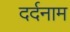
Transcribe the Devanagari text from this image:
दर्दनाम